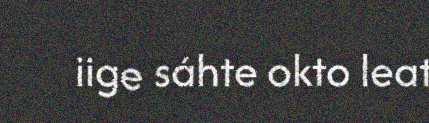
iige sáhte okto leat